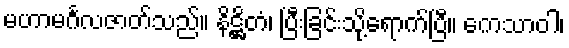
မဟာမင်္ဂလဇာတ်သည်။ နိဋ္ဌိတံ၊ ပြီးခြင်းသို့ရောက်ပြီ။ ကေသာဝါ၊